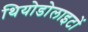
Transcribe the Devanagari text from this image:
थियोडोलाइटों